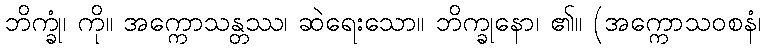
ဘိက္ခုံ၊ ကို။ အက္ကောသန္တဿ၊ ဆဲရေးသော။ ဘိက္ခုနော၊ ၏။ (အက္ကောသဝစနံ၊